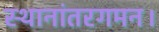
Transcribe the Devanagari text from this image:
स्थानांतरगमन।